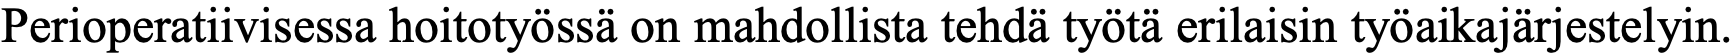
Perioperatiivisessa hoitotyössä on mahdollista tehdä työtä erilaisin työaikajärjestelyin.